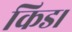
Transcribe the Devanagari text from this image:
किड।